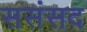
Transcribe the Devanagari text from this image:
ससंसद